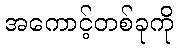
အကောင့်တစ်ခုကို